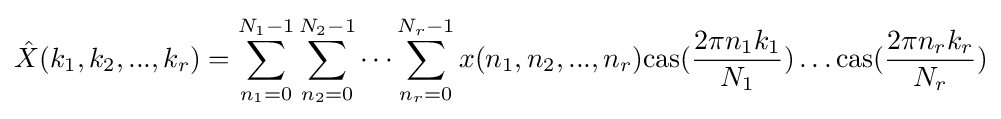
{\hat {X}}(k_{1},k_{2},...,k_{r})=\sum _{n_{1}=0}^{N_{1}-1}\sum _{n_{2}=0}^{N_{2}-1}\dots \sum _{n_{r}=0}^{N_{r}-1}x(n_{1},n_{2},...,n_{r}){\rm {cas}}({\frac {2\pi n_{1}k_{1}}{N_{1}}})\dots {\rm {cas}}({\frac {2\pi n_{r}k_{r}}{N_{r}}})